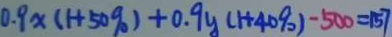
0 . 9 x ( 1 + 5 0 \% ) + 0 . 9 y ( 1 + 4 0 \% ) - 5 0 0 = 1 5 7